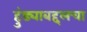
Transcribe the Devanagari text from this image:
हुंड्याबद्दलचा